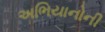
અભિયાનોની